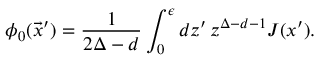
\phi _ { 0 } ( \vec { x } ^ { \prime } ) = \frac { 1 } { 2 \Delta - d } \int _ { 0 } ^ { \epsilon } d z ^ { \prime } \, { z } ^ { \Delta - d - 1 } J ( x ^ { \prime } ) .